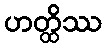
ဟတ္ထိဿ